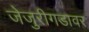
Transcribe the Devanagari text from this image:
जेजुरीगडावर